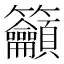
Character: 籲